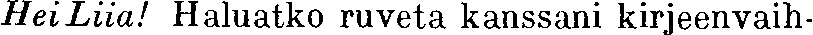
Hei Liia! Haluatko ruveta kanssani kirjeenvaih-